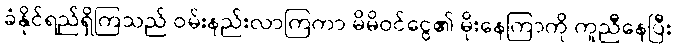
ခံနိုင်ရည်ရှိကြသည် ဝမ်းနည်းလာကြကာ မိမိဝင်ငွေ၏ မိုးနေကြာကို ကူညီနေပြီး